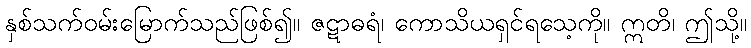
နှစ်သက်ဝမ်းမြောက်သည်ဖြစ်၍။ ဇဋာဓရံ၊ ကောသိယရှင်ရသေ့ကို။ ဣတိ၊ ဤသို့။